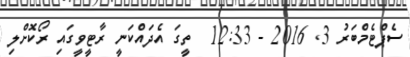
ސެޕްޓެމްބަރު 3